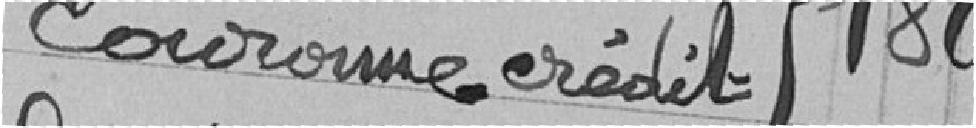
couronne - Crédit